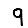
Digit: 9